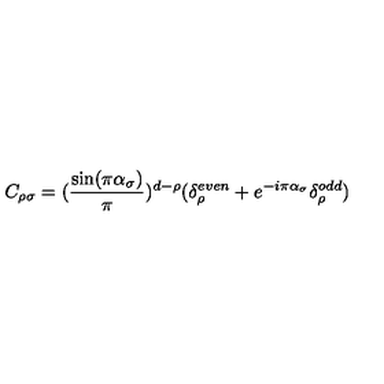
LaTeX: C _ { \rho \sigma } = ( \frac { \sin ( \pi \alpha _ { \sigma } ) } { \pi } ) ^ { d - \rho } ( \delta _ { \rho } ^ { e v e n } + e ^ { - i \pi \alpha _ { \sigma } } \delta _ { \rho } ^ { o d d } )